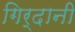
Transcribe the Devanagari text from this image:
गिर्दानी